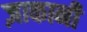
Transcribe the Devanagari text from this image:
ज़ाकानी